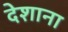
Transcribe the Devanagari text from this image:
देशाना